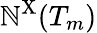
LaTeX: \mathbb{N}^{\mathrm{{X}}}(T_{m})